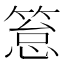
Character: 䈚